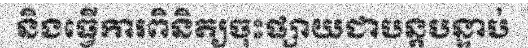
និងធ្វើការពិនិត្យចុះផ្សាយជាបន្តបន្ទាប់